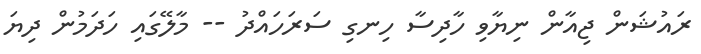
ރައުޝަން ޖިއާން ނިޔާވި ހާދިސާ ހިނގި ސަރަހައްދު -- މާލޭގައި ހަދަމުން ދިޔަ